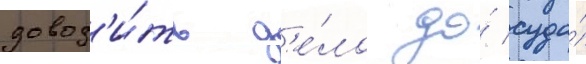
довод'и́ть д'е́ло до́ суда́